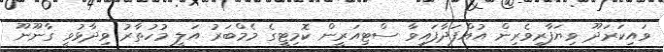
ވައިކަރަދޫ ވިޔަފާރިވެރިން އުއްފަދާފައިވާ ސްޓިއަރީން ކޮމިޓީގެ މެމްބަރު އަލީ މުހުތާރު ވިދާޅުވީ ގާނޫނޫ